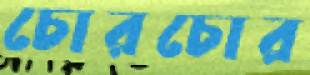
চোরচোর